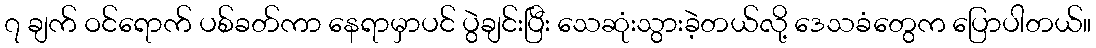
၇ ချက် ဝင်ရောက် ပစ်ခတ်ကာ နေရာမှာပင် ပွဲချင်းပြီး သေဆုံးသွားခဲ့တယ်လို့ ဒေသခံတွေက ပြောပါတယ်။